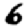
Digit: 6